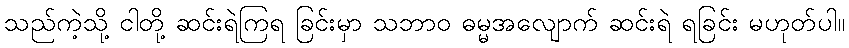
သည်ကဲ့သို့ ငါတို့ ဆင်းရဲကြရ ခြင်းမှာ သဘာဝ ဓမ္မအလျောက် ဆင်းရဲ ရခြင်း မဟုတ်ပါ။